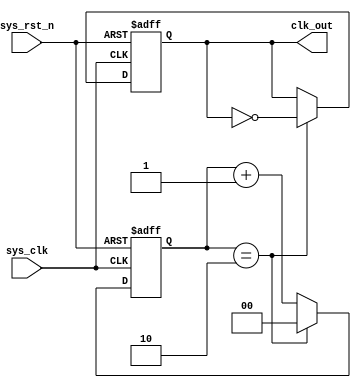
`timescale  1ns/1ns
////////////////////////////////////////////////////////////////////////
// Module Name   : divider_six
// Project Name  : divider_six
// Target Devices: Altera EP4CE10F17C8N
// Tool Versions : Quartus 13.0
// Description   : 
//
// Revision      : V1.0
// Additional Comments:
// 
// : _Pro_FPGA
//     : http://www.embedfire.com
//     : http://www.firebbs.cn
//     : https://fire-stm32.taobao.com
////////////////////////////////////////////////////////////////////////


//1
module  divider_six
(
    input   wire    sys_clk     ,   //50Mhz
    input   wire    sys_rst_n   ,   //

    output  reg     clk_out         //6
);

//********************************************************************//
//****************** Parameter and Internal Signal *******************//
//********************************************************************//
//reg   define
reg [1:0] cnt;  //

//********************************************************************//
//***************************** Main Code ****************************//
//********************************************************************//
//cnt:02
always@(posedge sys_clk or negedge sys_rst_n)
    if(sys_rst_n == 1'b0)
        cnt <= 2'b0;
    else    if(cnt == 2'd2)
        cnt <= 2'b0;
    else
        cnt <= cnt + 1'b1;

//clk_out:650%
always@(posedge sys_clk or negedge sys_rst_n)
    if(sys_rst_n == 1'b0)
        clk_out <= 1'b0;
    else    if(cnt == 2'd2)
        clk_out <= ~clk_out;

endmodule


/* 
//2
module  divider_six(
    input   wire    sys_clk     ,   //50Mhz
    input   wire    sys_rst_n   ,   //

    output  reg     clk_flag        //6
);

reg [2:0] cnt;  //

//cnt:05
always@(posedge sys_clk or negedge sys_rst_n)
    if(sys_rst_n == 1'b0)
        cnt <= 3'b0;
    else    if(cnt == 3'd5)
        cnt <= 3'b0;
    else
        cnt <= cnt + 1'b1;

//clk_flag:6
always@(posedge sys_clk or negedge sys_rst_n)
    if(sys_rst_n == 1'b0)
        clk_flag <= 1'b0;
    else    if(cnt == 3'd4)
        clk_flag <= 1'b1;
    else
        clk_flag <= 1'b0;

endmodule
 */